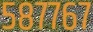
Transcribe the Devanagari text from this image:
५८७७६७